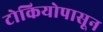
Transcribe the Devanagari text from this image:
टोकियोपासून